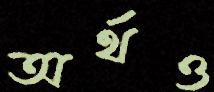
অর্থও